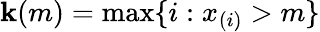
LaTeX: \mathbf{k}(m)=\operatorname*{max}\{ i:x_{(i)}>m\}